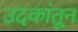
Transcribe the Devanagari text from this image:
उदकांतून